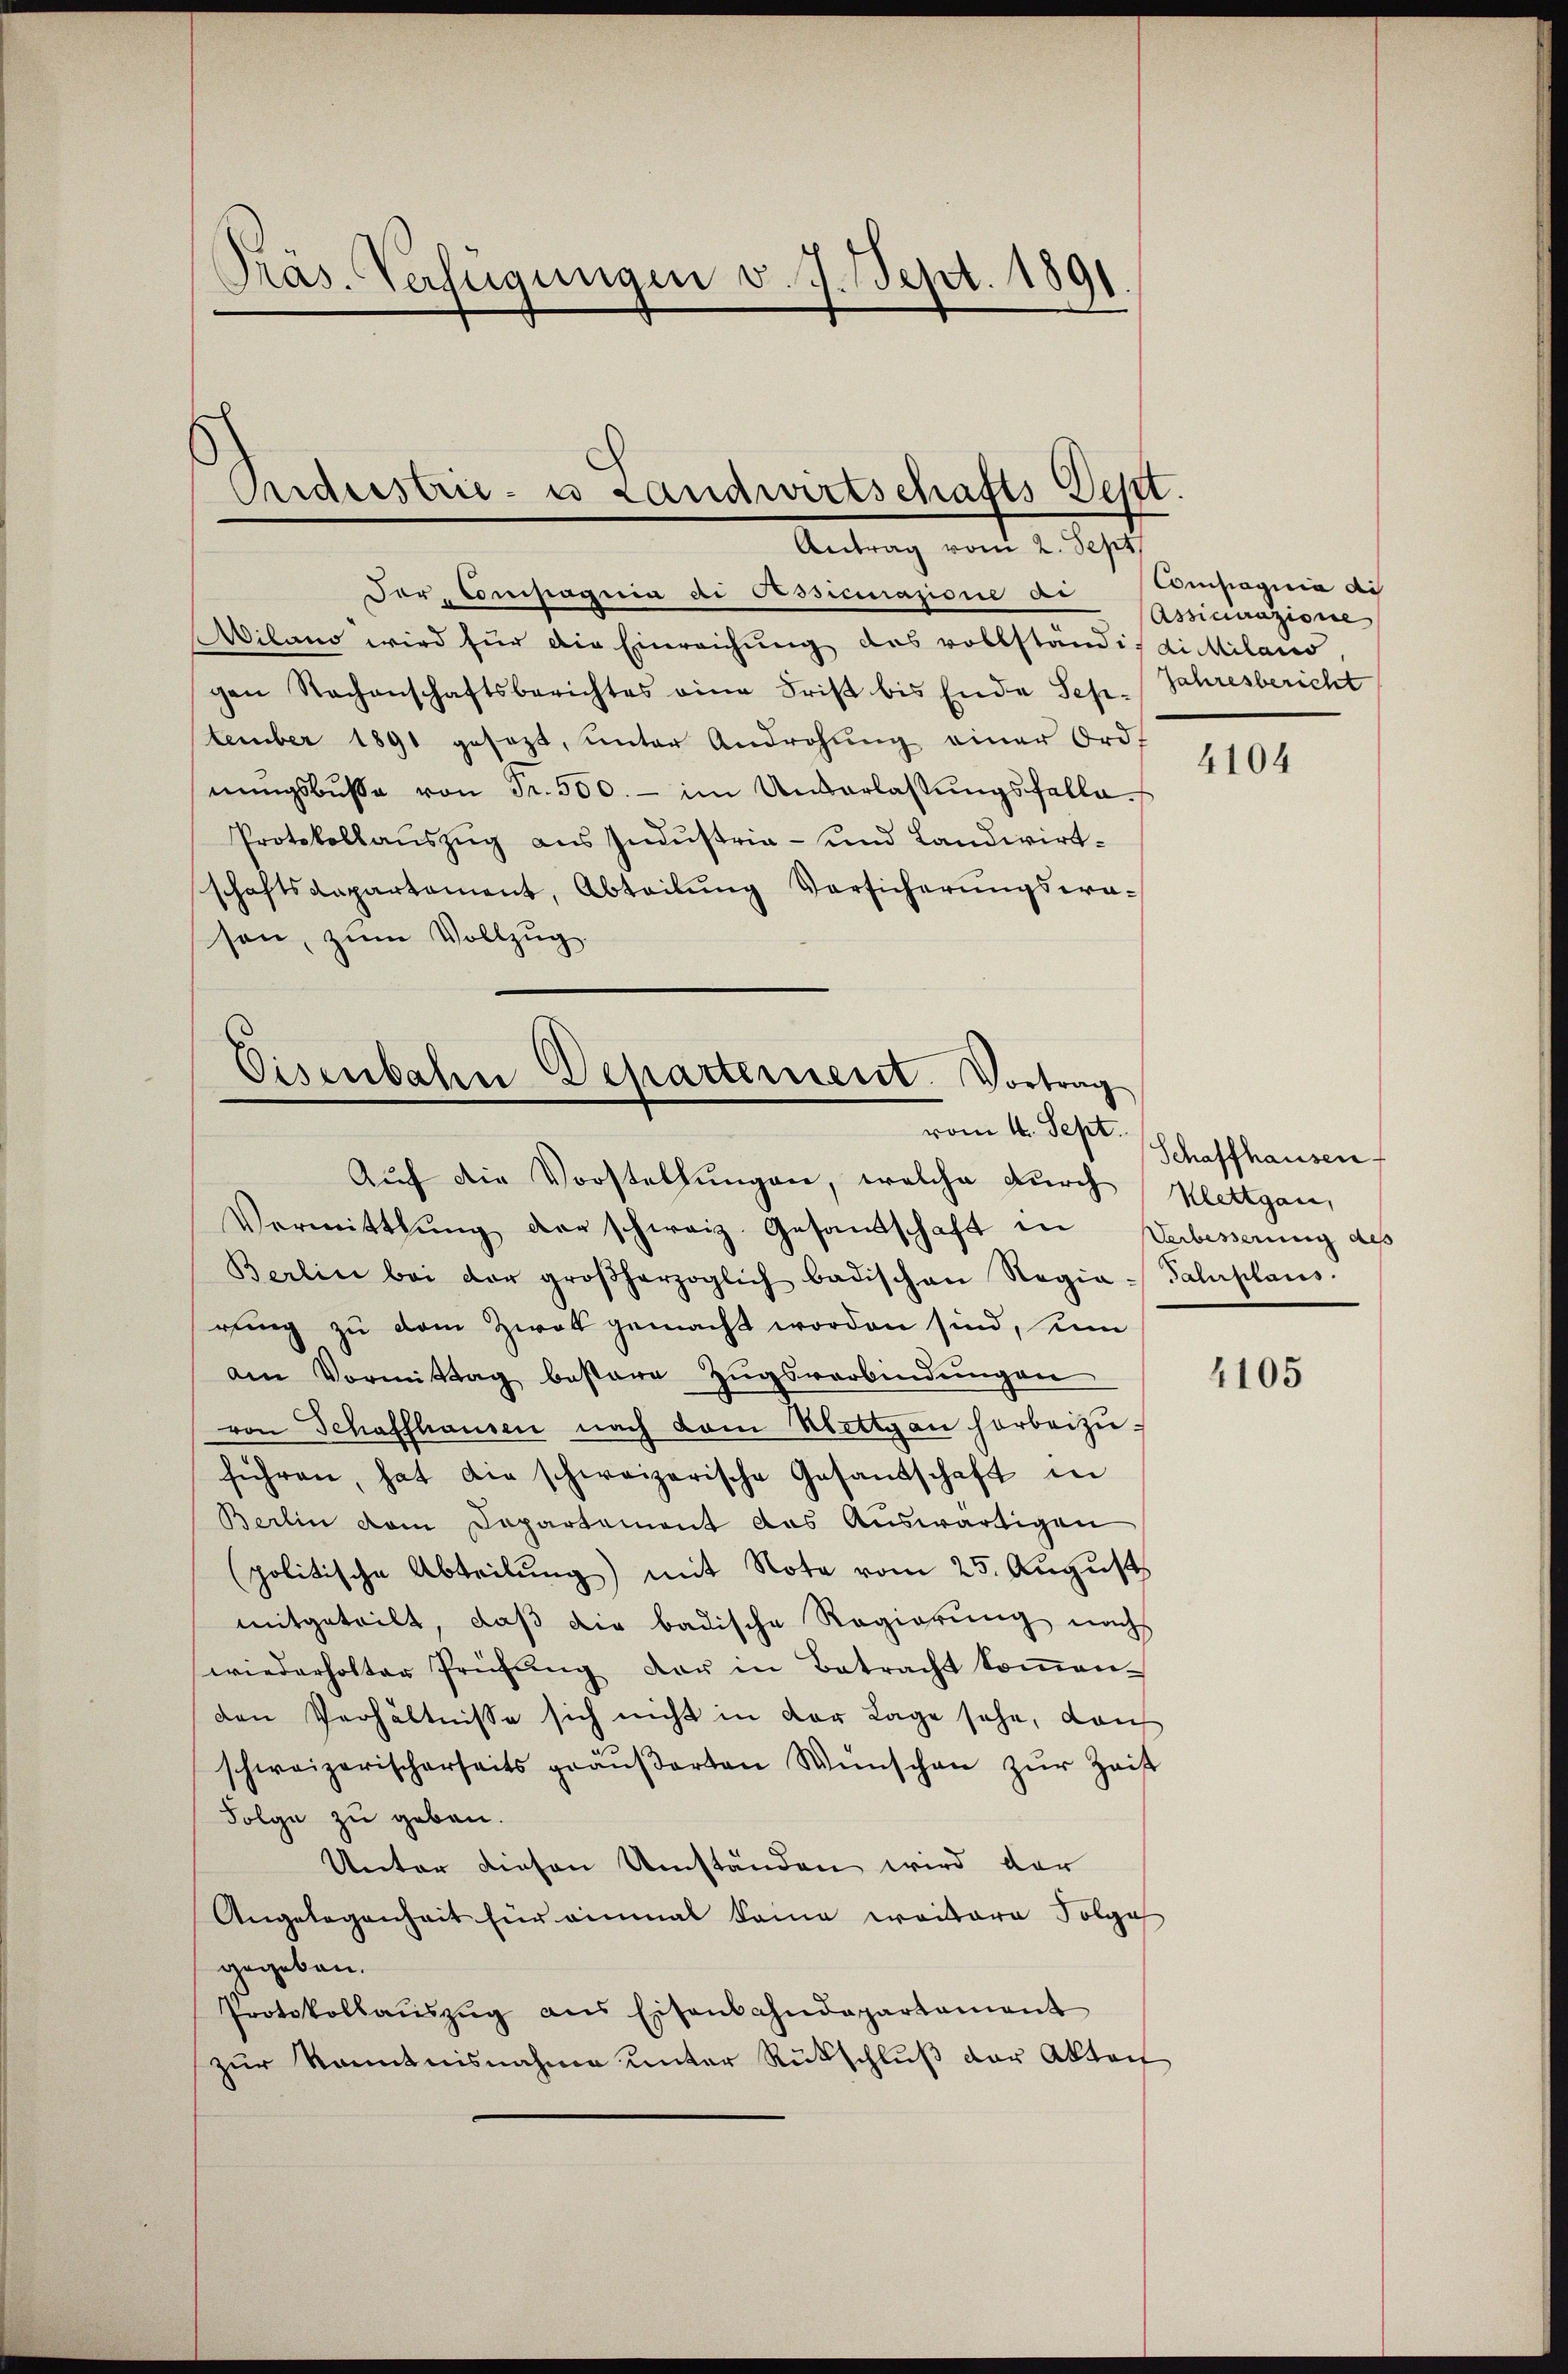
Präs. Verfügungen v. J. Sept. 1891

Aideestrie- u Landwirtschafts-Dept.
Antrag vom 2. Sept.

Der Compagnia di Pessicinazione di Compagnia di
Milano wird für die Einreichung des vollständig dichilans,
gen Rachenschaftsberichtes eine Frist bis Ende Seh-
tember 1891 gesezt, unter Androhŭng einer Ord-
nŭngsbŭsse von Fr. 500.- im Unterlassŭngsfella
Protokollaŭszŭg aŭs Industria- und Landwirtschaftsdepartament, Abteilŭng Versicherŭngswa-
son, zum Vollzug.

Eisenbahn Departement. Vortrag
vom 4. Sept.

Assicurazione
Jahresbericht

Auf die Vorstellungen, welche durch Klettgau,
Vermittlung der schweiz. Gesandschaft in Verbesserung des
Berline bei der großherzoglich badischen Regia-Salaplans.
rung zu dem Zwek gemacht worden sind, sein
am Vormittag bestare Zugsverbindungen
von Schaffhausen nach dem Mettgan herbeizŭ-
führen, hat die schweizerische Gesandschaft in
Berlin dem Capartement das Auswärtigen
politische Abteilung) mit Note vom 25. August
mitgeteilt, daß die badische Regierung nachs
wiederholter Prüfŭng der in Betracht koṁen.
den Verhältnisse sich nicht in der Lage sehe, dan
schweizerischerseits gräŭβerten Wünschen zŭr Zeit
Folge zu geben.
Unter diesen Umständen wird der
Angelegenheit für einmal keine weitere Folge
gegeben.
Protokollaŭszŭg ans Eisenbahndepartement
zur Kenntnisnahme unter Rückschluß der Akte

4104

Schaffhausen

4105